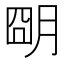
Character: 朙